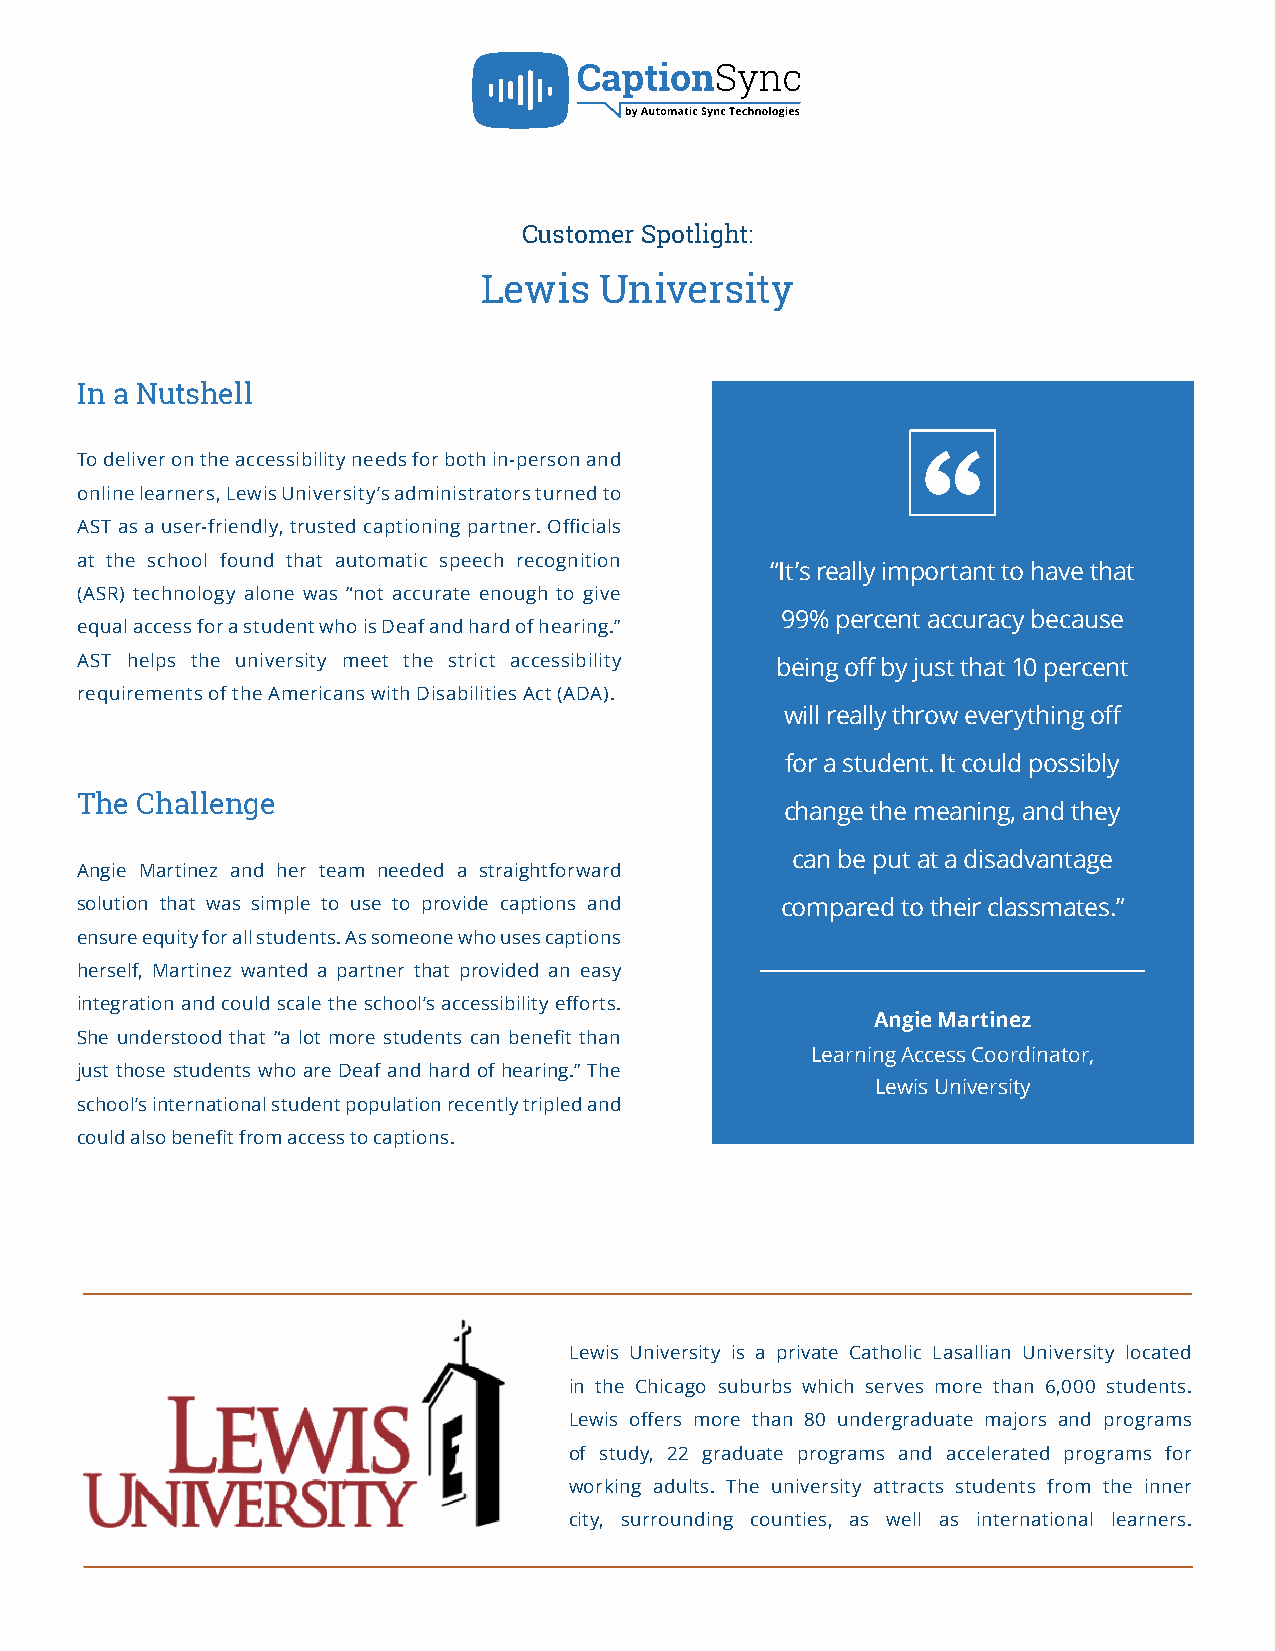
Customer Spotlight:
 Lewis   University
 In a Nutshell
 To deliver on the accessibility needs for both in-person and
 online learners, Lewis University’s administrators turned to
 AST as a user-friendly, trusted captioning partner. Officials
 at the school found that automatic speech recognition
 “It’s really important to have that
 (ASR) technology alone was “not accurate enough to give
 99% percent accuracy because
 equal access for a student who is Deaf and hard of hearing.”
 AST helps the university meet the strict accessibility being off by just that 10 percent
 requirements of the Americans with Disabilities Act (ADA).
 will really throw everything off
 for a student. It could possibly
 The Challenge
 change the meaning, and they
 can be put at a disadvantage
 Angie Martinez and her team needed a straightforward
 solution that was simple to use to provide captions and compared to their classmates.”
 ensure equity for all students. As someone who uses captions
 herself, Martinez wanted a partner that provided an easy
 integration and could scale the school’s accessibility efforts.
 Angie Martinez
 She understood that “a lot more students can benefit than
 Learning Access Coordinator,
 just those students who are Deaf and hard of hearing.” The
 Lewis University
 school’s international student population recently tripled and
 could also benefit from access to captions.
 Lewis University is a private Catholic Lasallian University located
 in the Chicago suburbs which serves more than 6,000 students.
 Lewis offers more than 80 undergraduate majors and programs
 of study, 22 graduate programs and accelerated programs for
 working adults. The university attracts students from the inner
 city, surrounding counties, as well as international learners.